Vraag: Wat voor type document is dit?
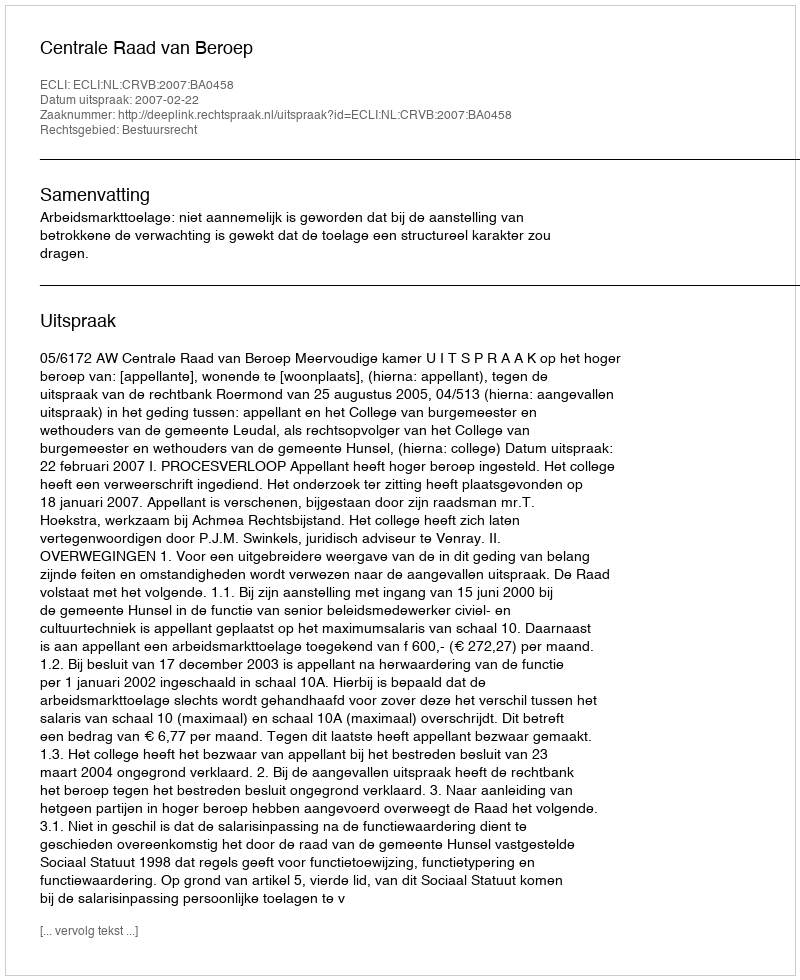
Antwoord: Uitspraak